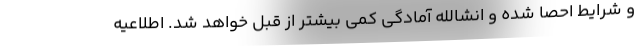
و شرایط احصا شده و انشالله آمادگی کمی بیشتر از قبل خواهد شد. اطلاعیه